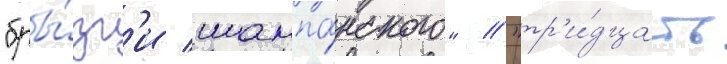
"бры́зг'и шампа́нского" / "тр'и́дцать